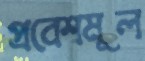
প্রবেশমূল